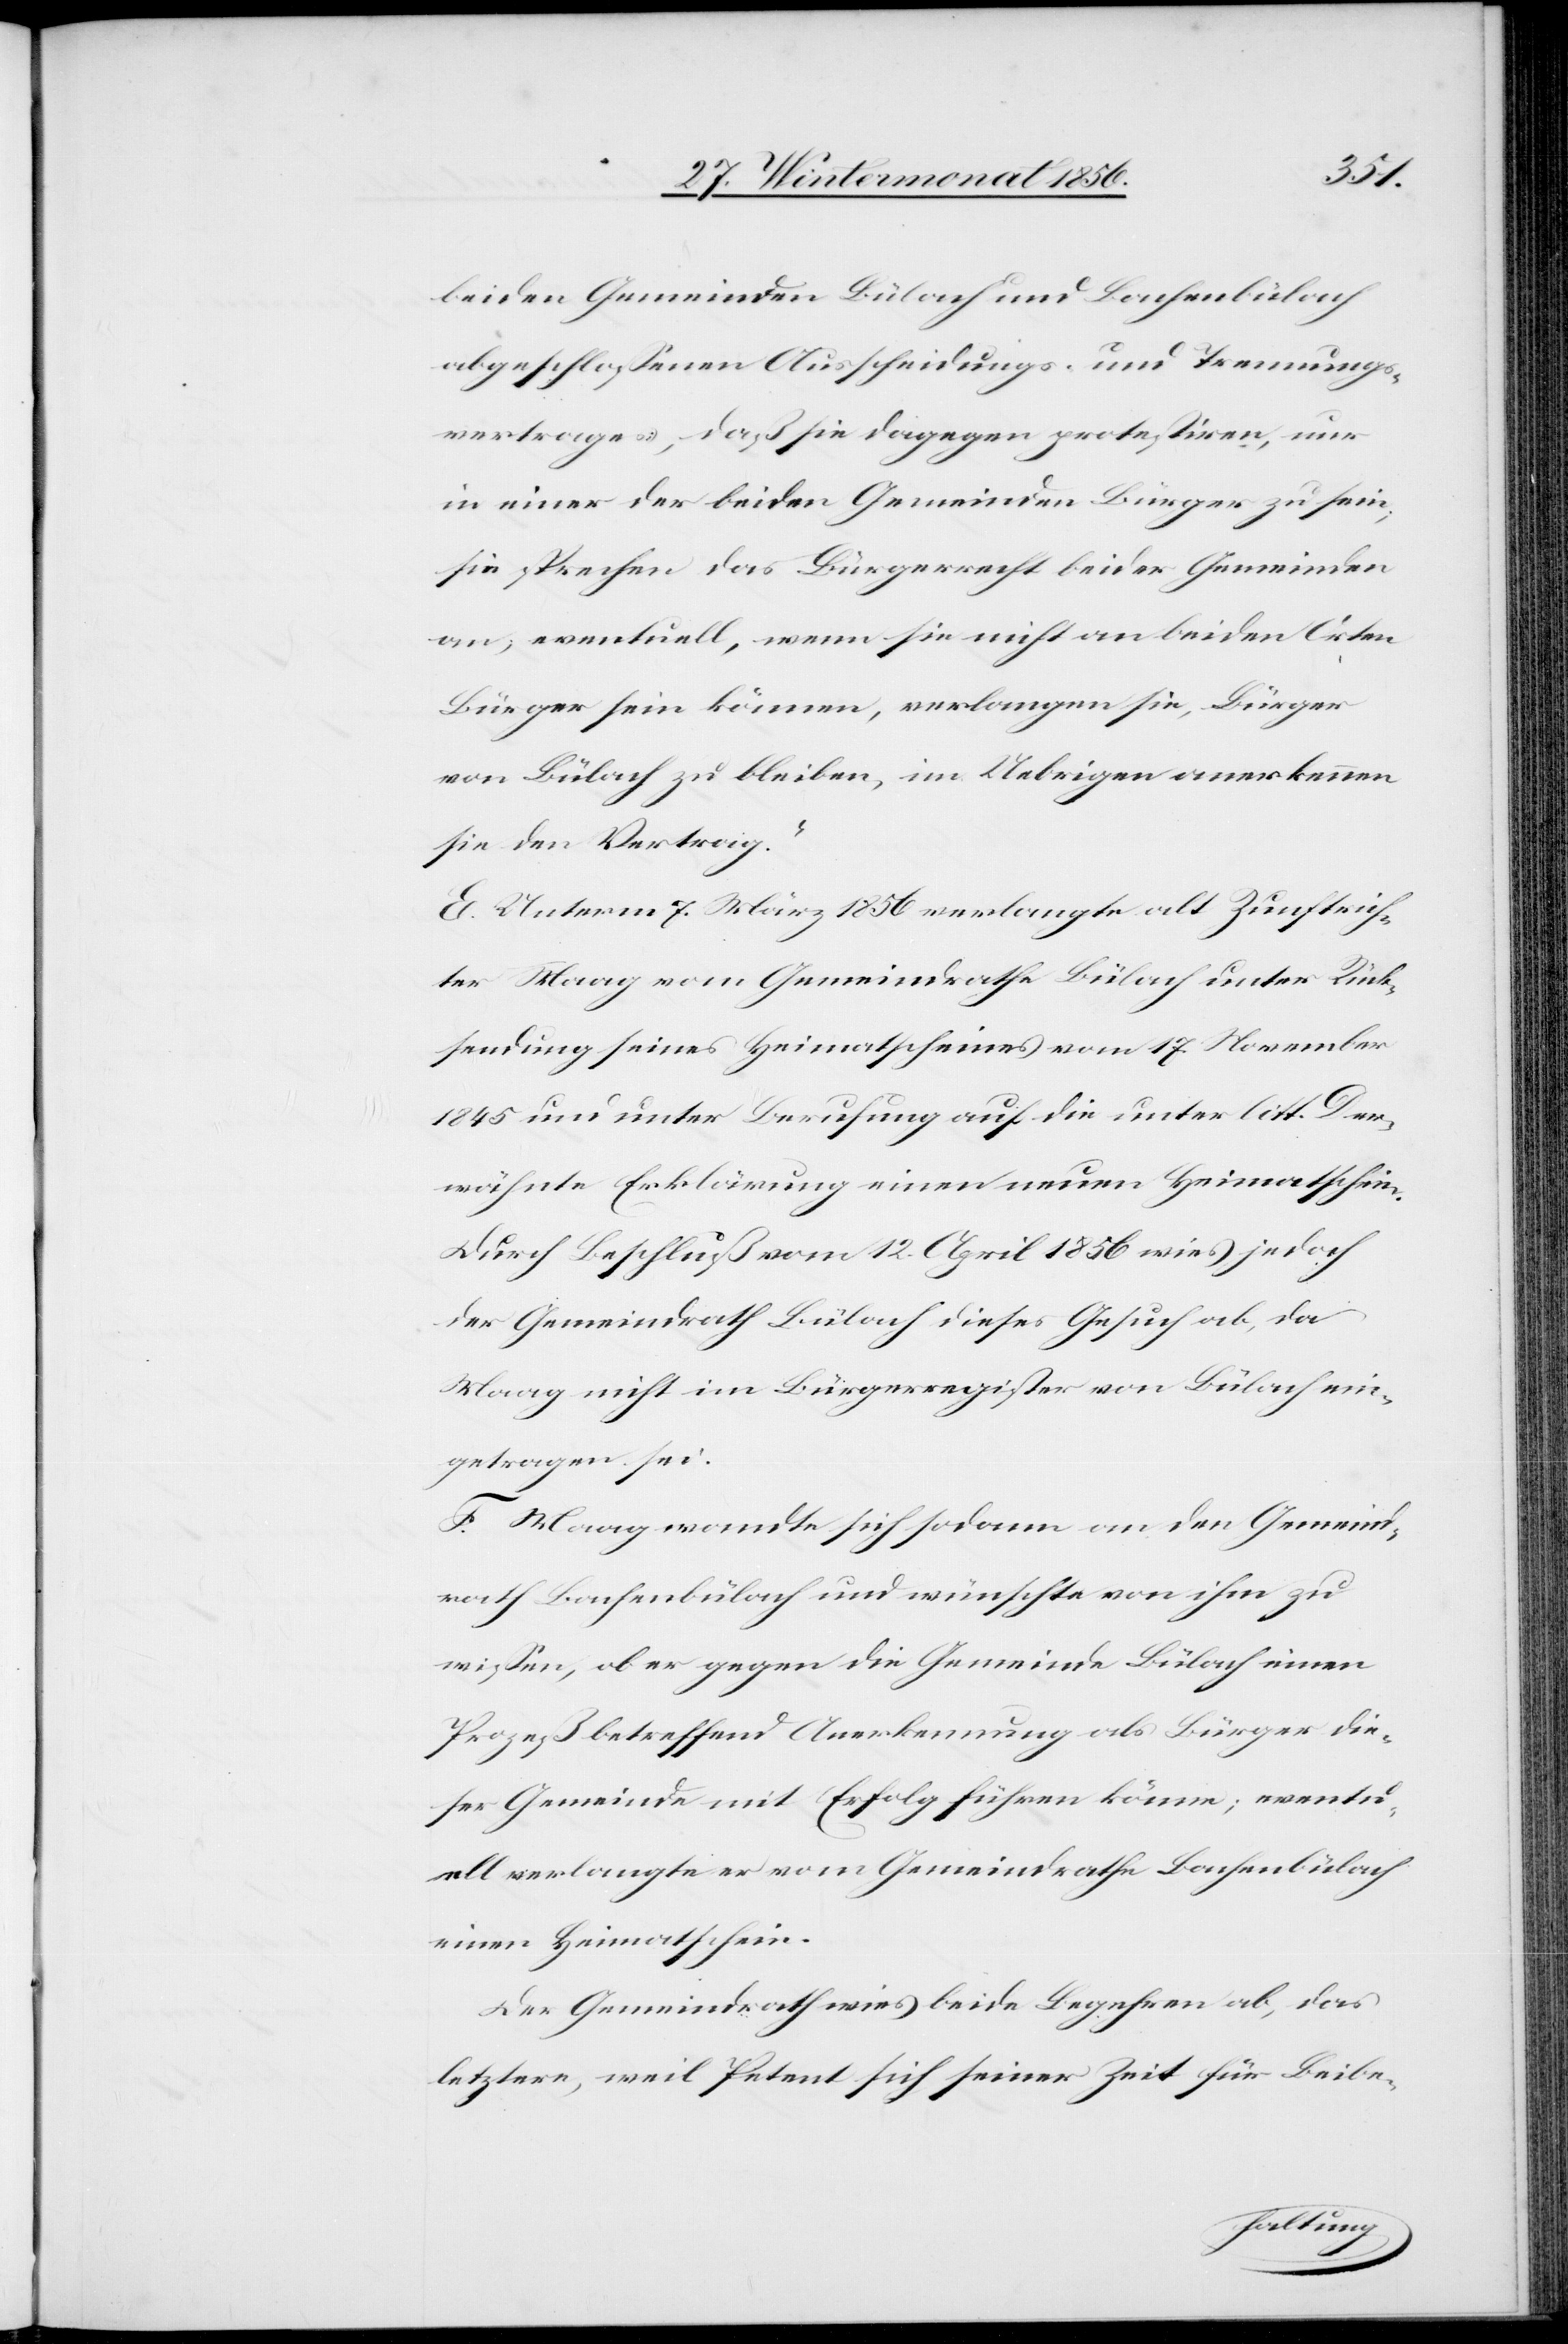
beiden Gemeinden Bülach und Bachenbülach
abgeschlossenen Ausscheidungs- und Trennungs¬
vertrages, daß sie dagegen protestiren, nur
in einer der beiden Gemeinden Bürger zu sein;
sie sprechen das Bürgerrecht beider Gemeinden
an; eventuell, wenn sie nicht an beiden Orten
Bürger sein können, verlangen sie, Bürger
von Bülach zu bleiben, im Uebrigen anerkennen
sie den Vertrag.“
E. Unterm 7. März 1856 verlangte alt Zunftrich¬
ter Maag vom Gemeindrathe Bülach unter Rück¬
sendung seines Heimatscheines vom 17. November
1845 und unter Berufung auf die unter litt. D er¬
wähnte Erklärung einen neuen Heimatschein.
Durch Beschluß vom 12. April 1856 wies jedoch
der Gemeindrath Bülach dieses Gesuch ab, da
Maag nicht im Bürgerregister von Bülach ein¬
getragen sei.
F. Maag wandte sich sodann an den Gemeind¬
rath Bachenbülach und wünschte von ihm zu
wissen, ob er gegen die Gemeinde Bülach einen
Prozeß betreffend Anerkennung als Bürger die¬
ser Gemeinde mit Erfolg führen könne; eventu¬
ell verlangte er vom Gemeindrathe Bachenbülach
einen Heimatschein.
Der Gemeindrath wies beide Begehren ab, das
letztere, weil Petent sich seiner Zeit für Beibe-